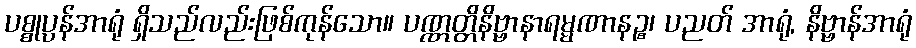
ပစ္စုပ္ပန်အာရုံ ရှိသည်လည်းဖြစ်ကုန်သော။ ပဏ္ဏတ္တိနိဗ္ဗာနာရမ္မဏာနဉ္စ၊ ပညတ် အာရုံ, နိဗ္ဗာန်အာရုံ